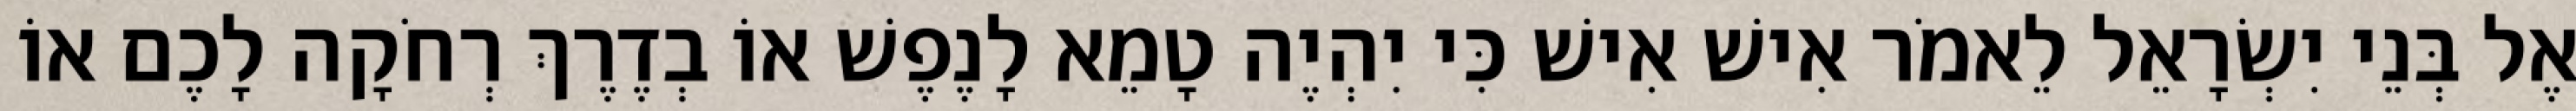
אֶל בְּנֵי יִשְׂרָאֵל לֵאמֹר אִישׁ אִישׁ כִּי יִהְיֶה טָמֵא לָנֶפֶשׁ אוֹ בְדֶרֶךְ רְחֹקָה לָכֶם אוֹ